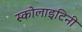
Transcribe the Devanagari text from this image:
स्कोलाइटिनी